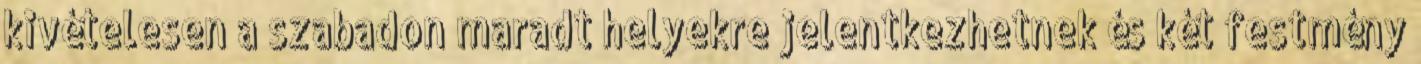
kivételesen a szabadon maradt helyekre jelentkezhetnek és két festmény